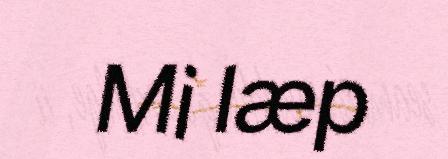
Mi læp